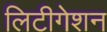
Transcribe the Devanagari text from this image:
लिटीगेशन